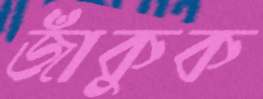
জাঁকুক